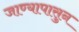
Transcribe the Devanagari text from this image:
जाण्यापासुन